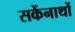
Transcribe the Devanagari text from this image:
सकेंनाथों